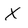
Character: X